Annual statistical returns and brief notes on vaccination in Bengal - 1896-1909
Year: 1896
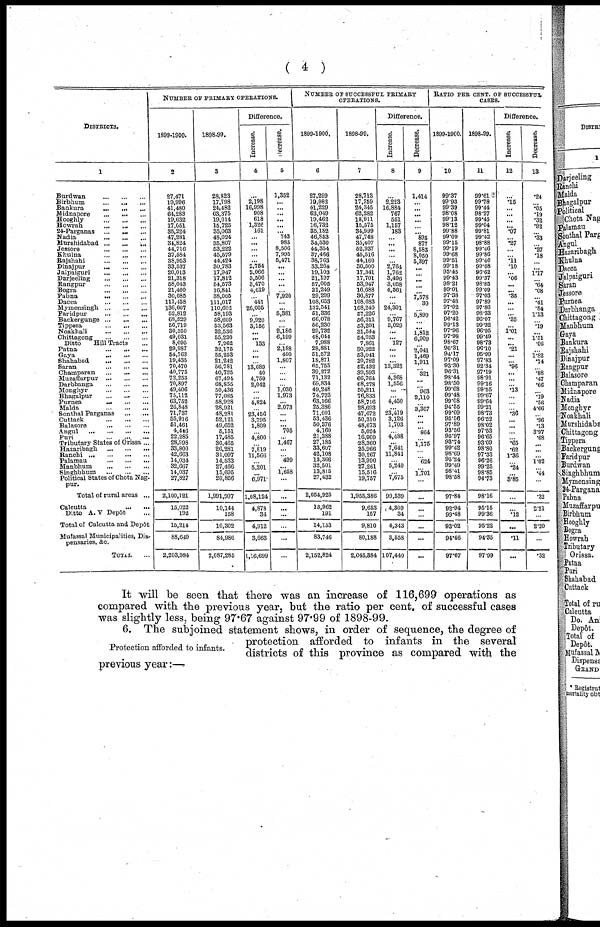
( 4 )
DISTRICTS.
1
Burdwan
...
...
...
Birbhum
...
...
...
Bankura
...
...
...
Midnapore
...
...
...
Hooghly
...
...
...
Howrah
...
...
...
24-Parganas
...
...
...
Nadia
...
...
...
Murshidabad
...
...
...
Jessore
...
...
...
Khulna
...
...
...
Rajshahi
...
...
...
Dinajpur
...
...
...
Jalpaiguri
...
...
...
Darjeeling
...
...
...
Rangpur
...
...
...
Bogra
...
...
...
Pabna
...
...
...
Dacca
...
...
...
Mymensingh
...
...
...
Faridpur...
...
...
Backergunge
...
...
...
Tippera
...
...
...
Noakhali
...
...
...
Chittagong
...
...
...
Ditto
Hill Tracts ...
Patna
...
...
...
Gaya
...
...
...
Shahabad
...
...
...
Saran
...
...
...
Champaran
...
...
...
Muzaffarpur
...
...
...
Darbhanga
...
...
...
Monghyr
...
...
...
Bhagalpur
...
...
...
Purnea ... ... ...
Malda ... ... ...
Sonthal Parganas ... ...
Cuttack ... ... ...
Balasore ... ... ...
Angul ... ... ...
Puri ... ... ...
Tributary States of Orissa ...
Hazaribagh ... ... ...
Ranchi ... ... ... ...
Palamau ... ... ...
Manbhum ... ... ...
Singhbhum
...
...
...
Political States of Chota Nag¬
pur.
Total of rural areas ...
Calcutta
...
...
Ditto A.V Depôt ...
Total of Calcutta and Depôt
Mufassal Municipalities, Dis-
pensaries, &c.
TOTAL ...
NUMBER OF PRIMARY OPERATIONS.
1899-1900.
2
27,471
19,996
41,480
64,283
19,632
17,051
35,224
47,281
34,824
44,716
37,584
38,953
33,537
20,013
21,318
58,043
21,460
30,085
111,458
136,607
52,812
68,529
56,719
30,350
49,031
8,095
29,987
54,763
19,435
70,470
40,775
72,253
70,897
49,406
75,112
63,752
26,848
71,737
55,916
51,461
4,446
22,285
28,998
33,800
42,663
14,034
32,667
14,037
27,827
2,100,121
15,022
192
15,214
88,649
2,203,984
1898-99.
3
28,823
17,798
24,482
63,375
19,014
15,725
35,063
48,024
35,807
53,222
45,579
44,424
30,783
17,947
17,812
54,573
16,841
38,005
111,017
110,602
58,193
58,609
53,563
32,536
55,230
7,062
32,175
55,253
21,242
56,781
40,735
67,494
68,855
50,436
77,085
58,928
28,921
48,281
52,121
49,652
5,151
17,485
30,465
26,281
31,097
14,533
27,466
15,695
20,856
1,991,997
10,144
158
10,302
84,986
2,087,285
Difference.
Increase.
4
...
2,198
16,998
908
618
1,326
161
...
...
...
...
... 2,754
2,066
3,506
3,470
4,619
...
441
26,005
... 9,920
3,156
... ... 133
... ...
... 13,689
40
4,759
2,042
... ...
4,824
... 23,456
3,795
1,809
... 4,800
... 7,519
11,566
... 5,201
... 6,971
1,08,124
4,878
34
4,912
3,663
1,16,699
decrease.
5
1,352
...
...
...
...
...
... 743
983
8,506
7,995
5,471
...
...
...
... ...
7,920
...
... 5,381
...
... 2,186
6,199
... 2,188
490
1,807
...
...
...
... 1,030
1,973
... 2,073
...
...
... 705
... 1,467
...
... 499
...
1,658
...
...
...
...
...
...
...
NUMBER OF SUCCESSFUL PRIMARY
OPERATIONS.
1899-1900.
6
27,299
19,982
41,229
63,049
19,462
16,732
35,182
46,853
34,530
44,354
37,466
38,763
33,264
19,103
21,197
57,005
21,249
29,299
108,653
132,541
51,336
66,078
56,230
29,732
48,044
7,988
28,881
51,572
18,871
65,755
39,272
71,132
69,834
49,248
74,723
63,166
25,386
71,091
53,436
50,376
4,160
21,388
27,185
33,607
42,108
13,366
32,501
13,815
27,432
2,054,925
13,962
191
14,153
83,746
2,152,824
1898-99.
7
28,713
17,759
24,345
62,282
18,911
15,575
34,999
47,748
35,407
52,937
45,516
44,160
30,500
17,341
17,701
53,947
16,688
36,877
108,683
108,240
57,226
56,311
53,201
31,544
54,953
7,861
80,922
53,041
20,782
52,432
39,593
66,764
68,278
50,211
76,833
58,716
28,693
47,672
50,310
48,673
5,024
16,900
28,360
25,966
30,267
13,990
27,261
15,516
19,757
1,955,386
9,653
157
9,810
80,188
2,045,384
Difference.
Increase.
8
...
2,223
16,884
767
551
1,157
183
... ...
...
... ...
2,764
1,762
3,496
3,058
4,561
...
... 24,301
... 9,767
3,029
...
... 127
...
...
...
13,323
... 4,368
1,556
...
... 4,450
... 23,419
3,126
1,703
... 4,488
...
7,641
11,841
... 5,240
... 7,675
99,539
4,309
34
4,343
3,558
107,440
Decrease.
9
1,414
...
...
...
...
... ... 895
877
8,583
8,050
5,397
...
...
...
...
... 7,578
30
... 5,890
...
... 1,812
6,909
... 2,041
1,469
1,911
... 321
...
... 963
2,110
... 3,307
...
...
... 864
... 1,175
...
... 624
... 1,701
...
...
...
...
...
...
...
RATIO PER CENT. OF SUCCESSFUL
CASES.
1899-1900.
10
99.37
99.93
99.39
98.08
99.13
98.12
99.88
99.09
99.15
99.19
99.68
99.51
99.18
95.45
99.43
98.21
99.01
97.38
97.48
97.02
97.20
96.42
99.13
97.96
97.98
98.67
96.31
94.17
97.09
93.30
96.31
98.44
98.50
99.68
99.48
99.08
94.55
99.09
95.56
97.89
93.56
95.97
93.74
99.42
98.69
95.24
99.49
98.41
98.58
97.84
92.94
99.48
93.02
94.46
97.67
1898-99.
11
99.61
99.78
99.44
98.27
99.45
99.04
99.81
99.42
98.88
99.46
99.86
99.40
99.08
96.62
99.37
98.85
99.09
97.03
97.89
97.86
98.33
96.07
99.32
96.95
99.49
98.73
96.10
95.99
97.83
92.34
97.19
98.91
99.16
99.55
99.67
99.64
99.21
98.73
96.52
98.02
97.53
96.65
93.09
98.80
97.33
96.26
99.25
98.85
94.73
98.16
95.15
99.36
95.22
94.35
97.99
Difference.
Increase.
12
...
.15
...
...
...
... .07
... .27
...
... .11
.10
... .06
...
... .35
...
...
... .35
...
1.01
...
... .21
...
... .96
...
...
... .13
...
...
... .36
...
...
...
... .65
.62
1. 36
... .24
... 3.85
...
...
.12
...
.11
...
Decrease.
13
.24
... .05
.19
.32
.92
... .33
... .27
.18
...
... 1.17
... .64
.08
... .41
.84
1.13
... .19
... 1.51
.06
...
1.82
.74
... .88
.47
.66
... .19
.56
4.66
... .96
.13
3.97
.68
... ...
... 1.02
... .44
...
.32
2.21
...
2.20
...
.32
It will be seen that there was an increase of 116,699 operations as
compared with the previous year, but the ratio per cent. of successful cases
was slightly less, being 97.67 against 97.99 of 1898-99.
Protection afforded to infants.
6. The subjoined statement shows, in order of sequence, the degree of
protection afforded to infants in the several
districts of this province as compared with the
previous year:—